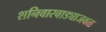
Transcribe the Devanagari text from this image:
शनिवारवाड्याजवळ